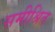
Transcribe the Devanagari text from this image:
समीश्रित